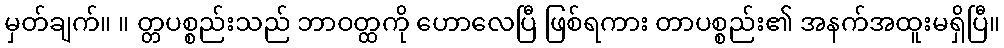
မှတ်ချက်။ ။ တ္တပစ္စည်းသည် ဘာဝတ္ထကို ဟောလေပြီ ဖြစ်ရကား တာပစ္စည်း၏ အနက်အထူးမရှိပြီ။